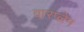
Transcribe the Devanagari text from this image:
वारप्लेन